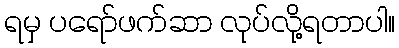
ရမှ ပရော်ဖက်ဆာ လုပ်လို့ရတာပါ။